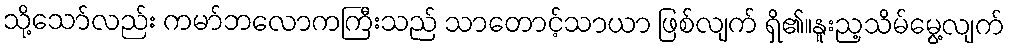
သို့သော်လည်း ကမာ်ဘလောကကြီးသည် သာတောင့်သာယာ ဖြစ်လျက် ရှိ၏။နူးည့သိမ်မွေ့လျက်